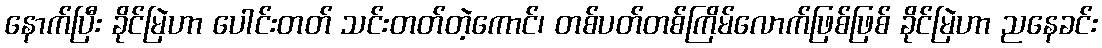
နောက်ပြီး ခိုင်မြဲဟာ ပေါင်းတတ် သင်းတတ်တဲ့ကောင်၊ တစ်ပတ်တစ်ကြိမ်လောက်ဖြစ်ဖြစ် ခိုင်မြဲဟာ ညနေခင်း